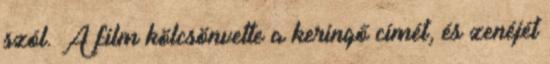
szól. A film kölcsönvette a keringő címét, és zenéjét